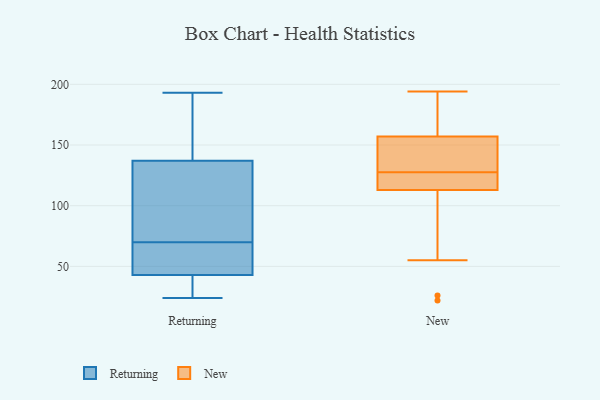
{"axis": {"x": "Conversion Rate (%)", "y": "Value"}, "legend": ["New", "Returning"], "data": [{"x": "", "y": 46, "type": "Returning"}, {"x": "", "y": 32, "type": "Returning"}, {"x": "", "y": 90, "type": "Returning"}, {"x": "", "y": 143, "type": "Returning"}, {"x": "", "y": 40, "type": "Returning"}, {"x": "", "y": 39, "type": "Returning"}, {"x": "", "y": 54, "type": "Returning"}, {"x": "", "y": 74, "type": "Returning"}, {"x": "", "y": 149, "type": "Returning"}, {"x": "", "y": 57, "type": "Returning"}, {"x": "", "y": 108, "type": "Returning"}, {"x": "", "y": 66, "type": "Returning"}, {"x": "", "y": 24, "type": "Returning"}, {"x": "", "y": 193, "type": "Returning"}, {"x": "", "y": 151, "type": "Returning"}, {"x": "", "y": 131, "type": "Returning"}, {"x": "", "y": 157, "type": "New"}, {"x": "", "y": 123, "type": "New"}, {"x": "", "y": 161, "type": "New"}, {"x": "", "y": 190, "type": "New"}, {"x": "", "y": 170, "type": "New"}, {"x": "", "y": 136, "type": "New"}, {"x": "", "y": 57, "type": "New"}, {"x": "", "y": 147, "type": "New"}, {"x": "", "y": 119, "type": "New"}, {"x": "", "y": 147, "type": "New"}, {"x": "", "y": 194, "type": "New"}, {"x": "", "y": 22, "type": "New"}, {"x": "", "y": 113, "type": "New"}, {"x": "", "y": 120, "type": "New"}, {"x": "", "y": 123, "type": "New"}, {"x": "", "y": 26, "type": "New"}, {"x": "", "y": 132, "type": "New"}, {"x": "", "y": 55, "type": "New"}]}